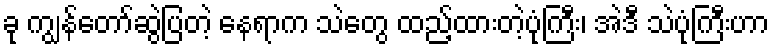
ခု ကျွန်တော်ဆွဲပြတဲ့ နေရာက သဲတွေ ထည့်ထားတဲ့ပုံကြီး၊ အဲဒီ သဲပုံကြီးဟာ